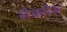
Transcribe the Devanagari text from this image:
सेक्सेस